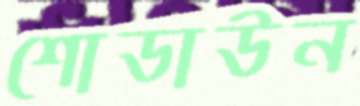
শোডাউন